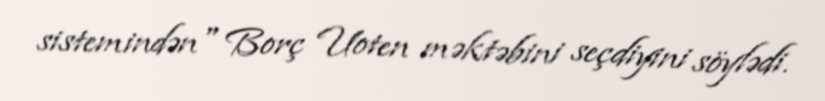
sistemindən" Borç Uoten məktəbini seçdiyini söylədi.